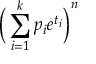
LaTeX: { \biggl ( } \sum _ { i = 1 } ^ { k } p _ { i } e ^ { t _ { i } } { \biggr ) } ^ { n }